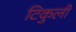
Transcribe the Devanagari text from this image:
टिकुली